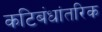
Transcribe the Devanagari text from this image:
कटिबंधांतरिक